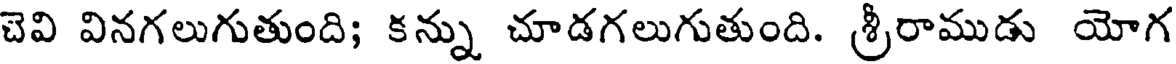
చెవి వినగలుగుతుంది; కన్ను చూడగలుగుతుంది. శ్రీరాముడు యోగ